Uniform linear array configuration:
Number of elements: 48
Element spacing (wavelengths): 1
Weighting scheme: cosine
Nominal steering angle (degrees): -45
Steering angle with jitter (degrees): -45.335
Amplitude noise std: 0.05
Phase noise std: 0.05

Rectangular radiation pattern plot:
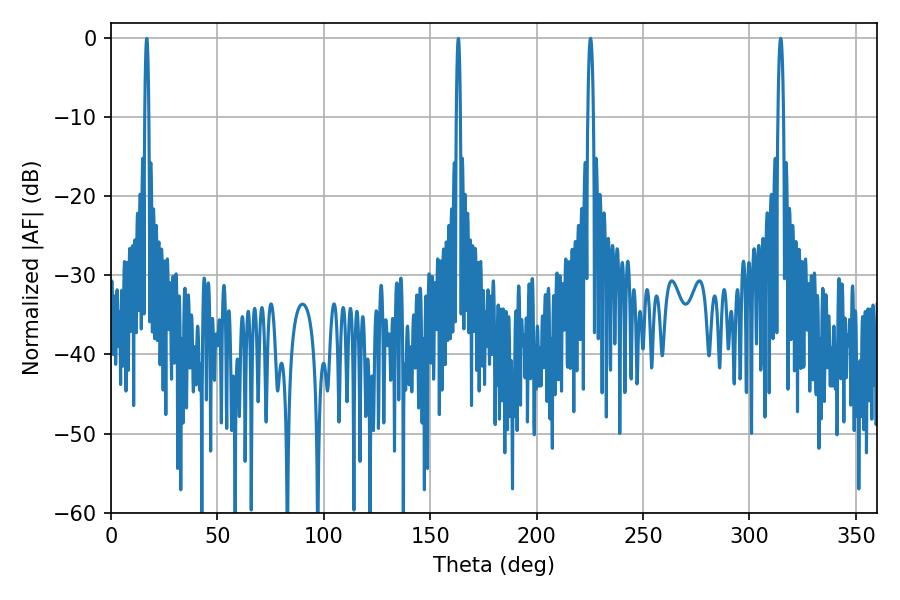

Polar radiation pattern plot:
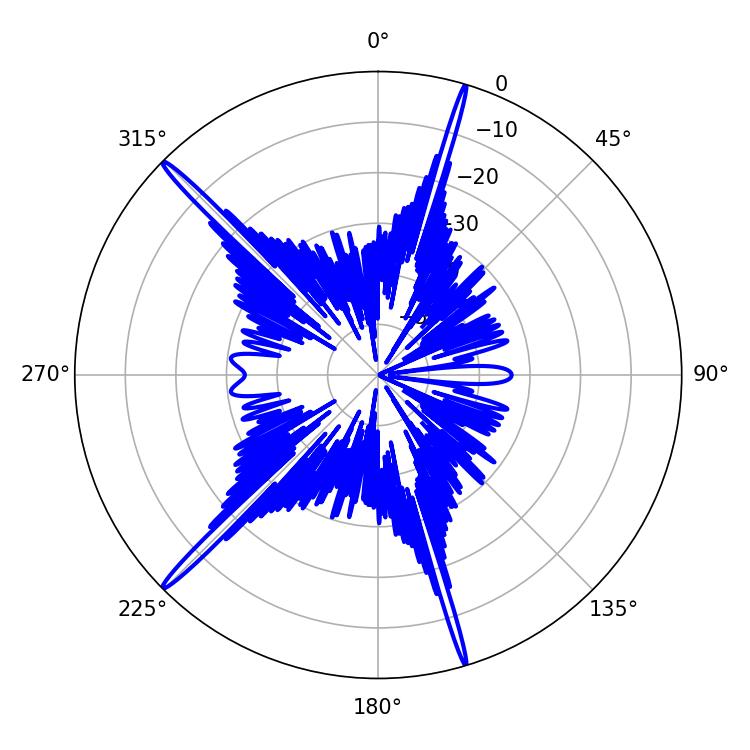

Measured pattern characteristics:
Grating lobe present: TRUE
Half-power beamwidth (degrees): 1.44
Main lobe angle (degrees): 225.36